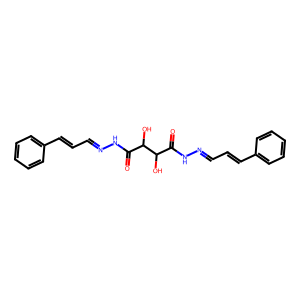
SMILES: O=C(NN=CC=Cc1ccccc1)C(O)C(O)C(=O)NN=CC=Cc1ccccc1
Inhibits HIV replication: No